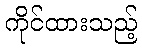
ကိုင်ထားသည့်